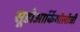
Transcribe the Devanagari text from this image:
सूडोआर्कियोलॉजी